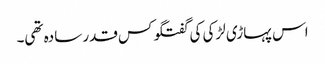
اس پہاڑی لڑکی کی گفتگو کس قدر سادہ تھی۔